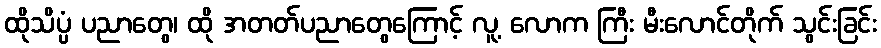
ထိုသိပ္ပံ ပညာတွေ၊ ထို အတတ်ပညာတွေကြောင့် လူ့ လောက ကြီး မီးလောင်တိုက် သွင်းခြင်း